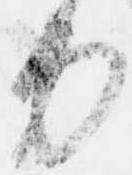
力